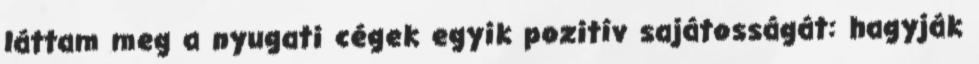
láttam meg a nyugati cégek egyik pozitív sajátosságát: hagyják